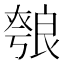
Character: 𦫐